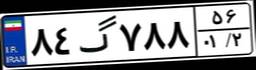
۸۴گ۷۸۸۵۶